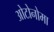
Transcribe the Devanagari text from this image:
ओटोनोमा